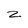
Character: z